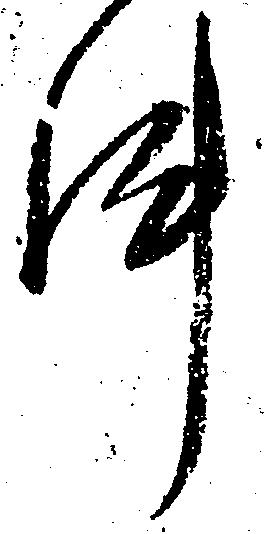
件